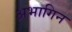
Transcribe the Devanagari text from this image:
अभागिन